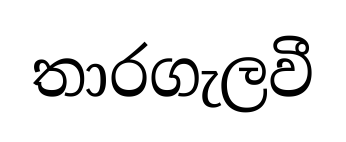
තාරගැලවී